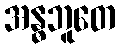
အန္ဓဘူတေ